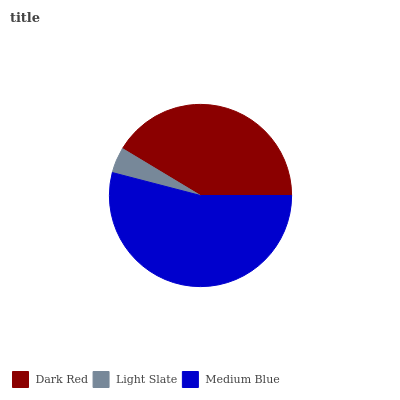
| Dark Red | Light Slate | Medium Blue |
 | --- | --- | --- |
 | 41.4% | 4.56% | 54.1% |